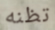
تظنه